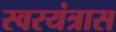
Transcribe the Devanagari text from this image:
स्वरयंत्रास